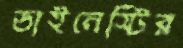
ডাইনেস্টির